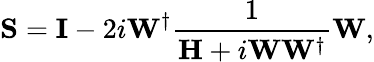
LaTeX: \mathbf{S}=\mathbf{I}-2i\mathbf{W}^{\dagger}\frac{1}{\mathbf{H}+i\mathbf{W}\mathbf{W}^{\dagger}}\mathbf{W},